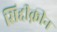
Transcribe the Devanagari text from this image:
सिद्दीक़ीन